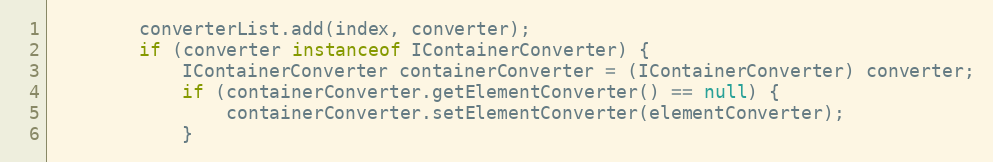
Language: Java
		converterList.add(index, converter);
		if (converter instanceof IContainerConverter) {
			IContainerConverter containerConverter = (IContainerConverter) converter;
			if (containerConverter.getElementConverter() == null) {
				containerConverter.setElementConverter(elementConverter);
			}